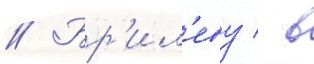
// Бр'ил'еву / в